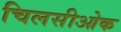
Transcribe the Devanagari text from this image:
चिलसीओक